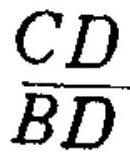
$\frac{CD}{BD}$